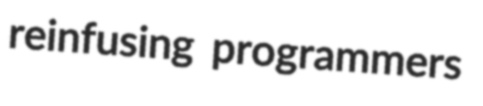
reinfusing programmers